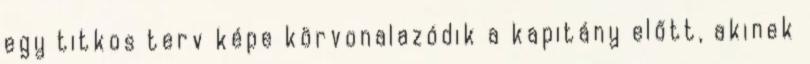
egy titkos terv képe körvonalazódik a kapitány előtt, akinek